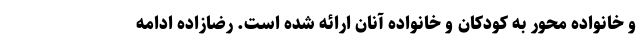
و خانواده محور به کودکان و خانواده آنان ارائه شده است. رضازاده ادامه